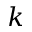
k